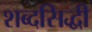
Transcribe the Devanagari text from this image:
शब्दसिद्धी